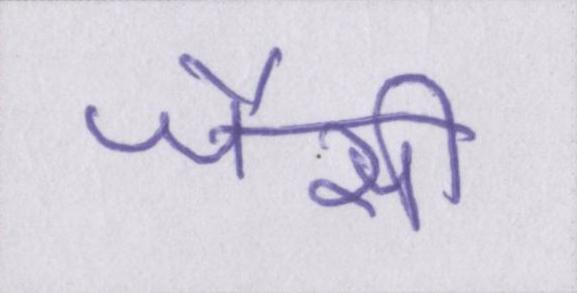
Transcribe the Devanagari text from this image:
जैसी